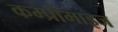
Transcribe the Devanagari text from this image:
कम्प्रोमाइज